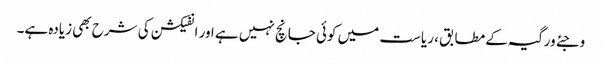
وجئے ورگیہ کے مطابق ، ریاست میں کوئی جانچ نہیں ہے اور انفیکشن کی شرح بھی زیادہ ہے۔